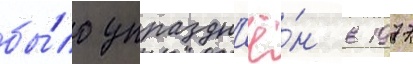
бы́ло упраздн'ё́н в 1977